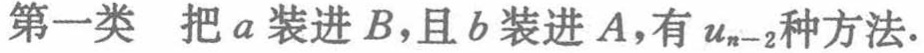
第一类 把\(a\)装进\(B\)，且\(b\)装进\(A\)，有\(u_{n - 2}\)种方法.